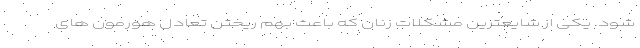
شود. یکی از شایعترین مشکلات زنان که باعث بهم ریختن تعادل هورمون های